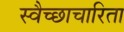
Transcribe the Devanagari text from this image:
स्वैच्छाचारिता